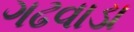
ગઢવાડા